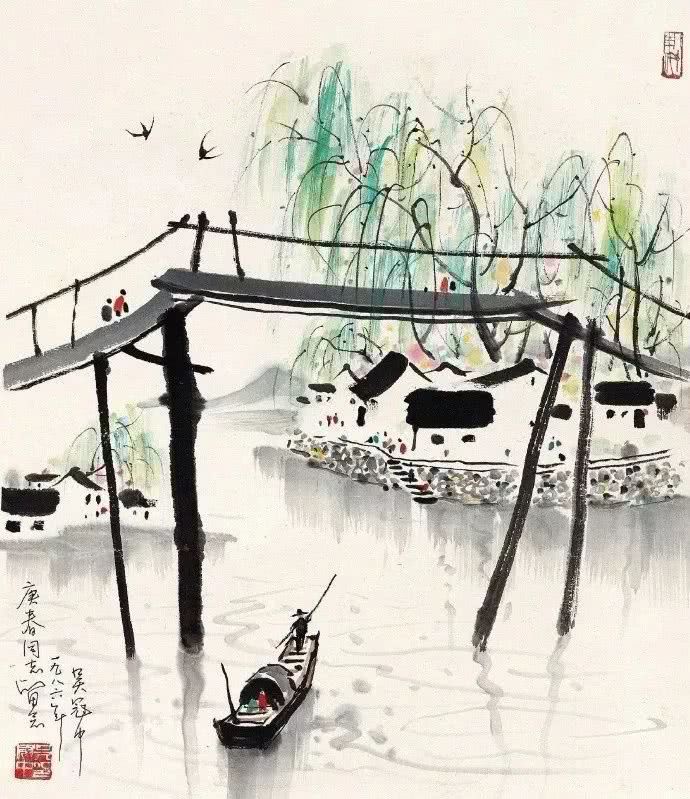
一日不读书，胸臆无佳想。